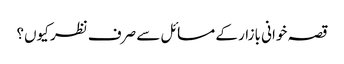
قصہ خوانی بازار کے مسائل سے صرف نظر کیوں؟